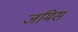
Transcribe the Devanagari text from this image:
जमिस